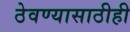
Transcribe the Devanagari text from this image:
ठेवण्यासाठीही